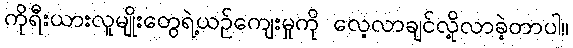
ကိုရီးယားလူမျိုးတွေရဲ့ယဉ်ကျေးမှုကို လေ့လာချင်လို့လာခဲ့တာပါ။